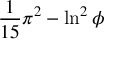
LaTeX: { \frac { 1 } { 1 5 } } \pi ^ { 2 } - \ln ^ { 2 } \phi